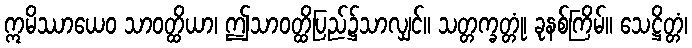
ဣမိဿာယေဝ သာဝတ္ထိယာ၊ ဤသာဝတ္ထိပြည်၌သာလျှင်။ သတ္တက္ခတ္တုံ၊ ခုနစ်ကြိမ်။ သေဋ္ဌိတ္တံ၊